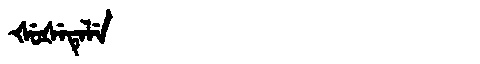
Manchu: ᡧᡠᡧᡝᡨᡝᠯᡝ
Romanization: ŠUŠETELE